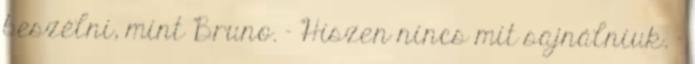
beszélni, mint Bruno. – Hiszen nincs mit sajnálniuk. –